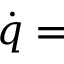
{ \dot { q } } =